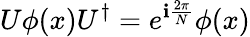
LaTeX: U\phi(x)U^{\dagger}=e^{\mathbf{i}{\frac{{2\pi}}{{N}}}}\phi(x)